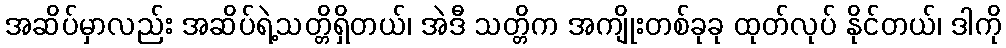
အဆိပ်မှာလည်း အဆိပ်ရဲ့သတ္တိရှိတယ်၊ အဲဒီ သတ္တိက အကျိုးတစ်ခုခု ထုတ်လုပ် နိုင်တယ်၊ ဒါကို